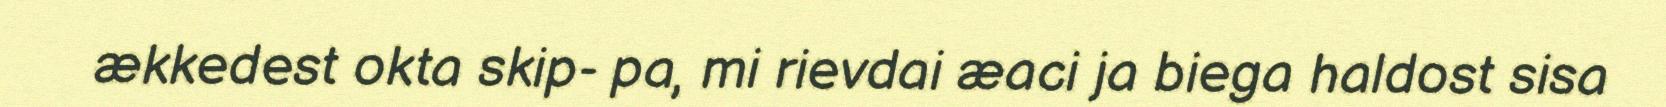
ækkedest okta skip- pa, mi rievdai æaci ja biega haldost sisa